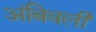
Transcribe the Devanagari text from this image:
अंबिवली